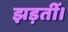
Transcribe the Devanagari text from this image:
झड़तीं।